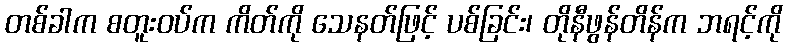
တစ်ခါက စတူးဝပ်က ကိတ်ကို သေနတ်ဖြင့် ပစ်ခြင်း၊ တိုနီဖွန်တိန်က ဘရင့်ကို